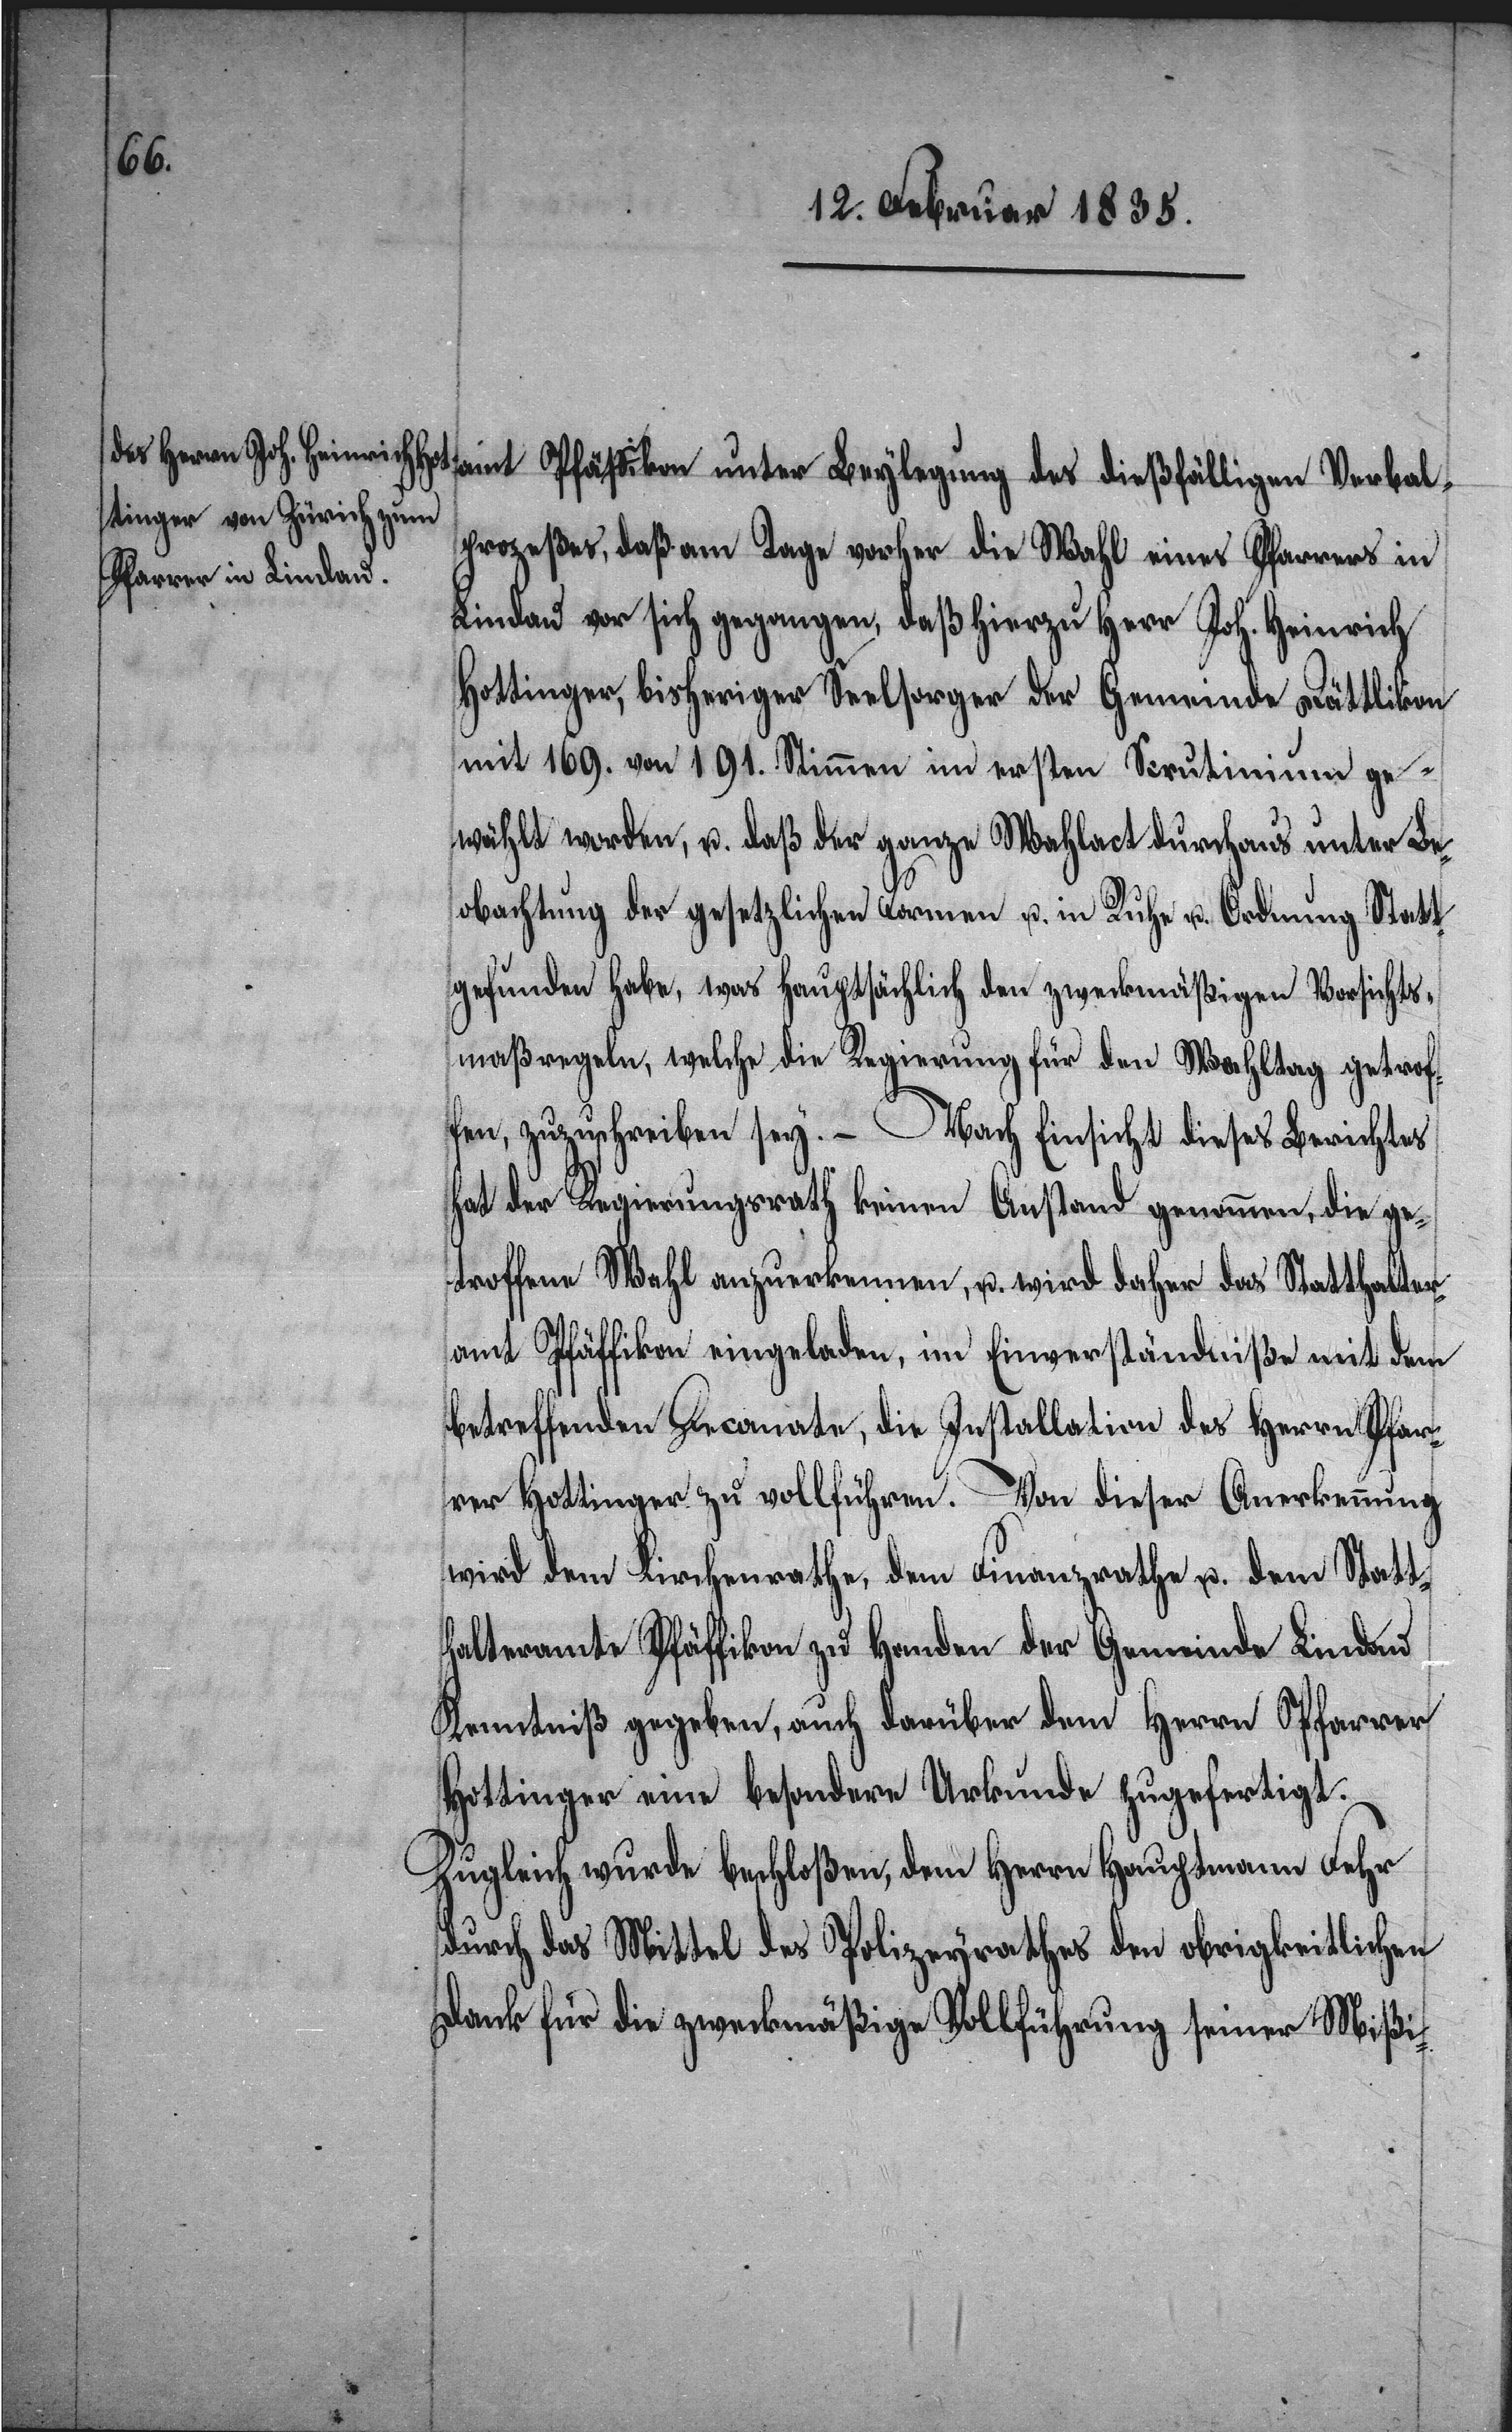
Verba¬
lprozeßes, daß am Tage vorher die Wahl eines Pfarrers in
Lindau vor sich gegangen, daß hierzu Herr Joh. Heinrich
Hottinger, bisheriger Seelsorger der Gemeinde Dättlikon
mit 169. von 191. Stimmen im ersten Scrutinium ge¬
wählt worden, u. daß der ganze Wahlact durchaus unter Be¬
obachtung der gesetzlichen Formen u. in Ruhe u. Ordnung Statt
gefunden habe, was hauptsächlich den zweckmäßigen Vorsichts¬
maßregeln, welche die Regierung für den Wahltag getrof¬
fen, zuzuschreiben sey. – Nach Einsicht dieses Berichtes
hat der Regierungsrath keinen Anstand genommen, die ge¬
troffene Wahl anzuerkennen, u. wird daher das Statthalter¬
amt Pfäffikon einladen, im Einverständniße mit dem
betreffenden Decanate, die Installation des Herrn Pfar¬
rer Hottinger zu vollziehen. Von dieser Anerkennung
wird dem Kirchenrathe, dem Finanzrathe u. dem Statt¬
halteramte Pfäffikon zu Handen der Gemeinde Lindau
Kenntniß gegeben, auch darüber dem Herrn Pfarrer
Hottinger eine besondere Urkunde zugefertigt.
Zugleich wurde beschloßen, dem Herrn Hauptmann Fehr
durch das Mittel des Polizeyrathes den obrigkeitlichen
Dank für die zweckmäßige Vollführung seiner Mißi-